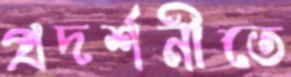
প্রদর্শনীতে